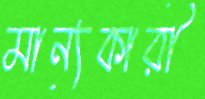
মান্যকারী